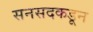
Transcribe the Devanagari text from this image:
सनसदकडून